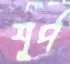
শূর্প